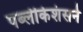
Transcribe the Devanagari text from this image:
पब्लीकेशंसने